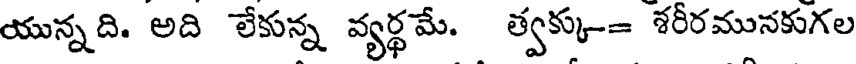
యున్నది. అది లేకున్న వ్యర్థమే. త్వక్కు-= శరీరమునకుగల